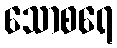
သောစရေ